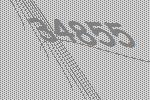
34855